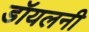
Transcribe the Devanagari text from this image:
डॉयलनी